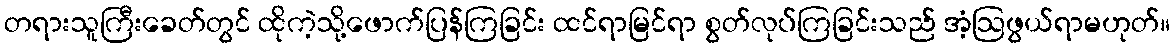
တရားသူကြီးခေတ်တွင် ထိုကဲ့သို့ဖောက်ပြန်ကြခြင်း ထင်ရာမြင်ရာ စွတ်လုပ်ကြခြင်းသည် အံ့ဩဖွယ်ရာမဟုတ်။